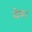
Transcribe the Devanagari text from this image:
वेमा